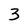
Character: 3